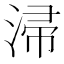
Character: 㴆